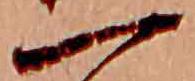
一